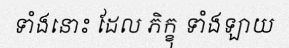
ទាំងនោះ ដែល ភិក្ខុ ទាំងឡាយ